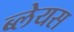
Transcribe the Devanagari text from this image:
ब्लेयस